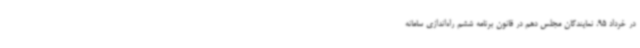
در خرداد 95، نمایندگان مجلس دهم در قانون برنامه ششم راه‌اندازی سامانه